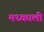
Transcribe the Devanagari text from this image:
मध्काली